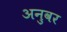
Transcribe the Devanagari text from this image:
अनुवर